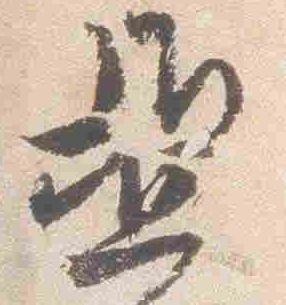
亜